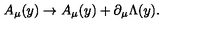
A _ { \mu } ( y ) \rightarrow A _ { \mu } ( y ) + \partial _ { \mu } \Lambda ( y ) .